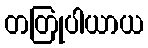
တတြုပါယာယ